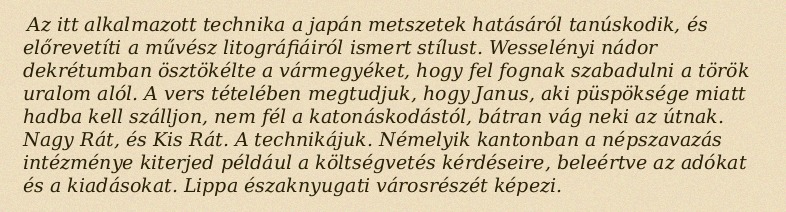
Az itt alkalmazott technika a japán metszetek hatásáról tanúskodik, és előrevetíti a művész litográfiáiról ismert stílust. Wesselényi nádor dekrétumban ösztökélte a vármegyéket, hogy fel fognak szabadulni a török uralom alól. A vers tételében megtudjuk, hogy Janus, aki püspöksége miatt hadba kell szálljon, nem fél a katonáskodástól, bátran vág neki az útnak. Nagy Rát, és Kis Rát. A technikájuk. Némelyik kantonban a népszavazás intézménye kiterjed például a költségvetés kérdéseire, beleértve az adókat és a kiadásokat. Lippa északnyugati városrészét képezi.